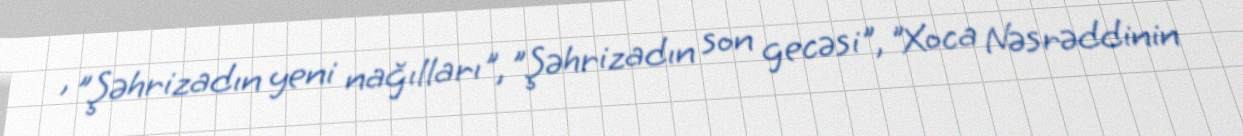
, "Şəhrizadın yeni nağılları", "Şəhrizadın son gecəsi", "Xoca Nəsrəddinin